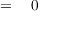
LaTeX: \qquad \qquad \qquad \qquad \qquad \qquad \qquad \qquad \qquad \qquad \qquad \qquad = \quad 0